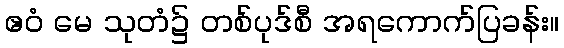
ဧဝံ မေ သုတံ၌ တစ်ပုဒ်စီ အရကောက်ပြခန်း။